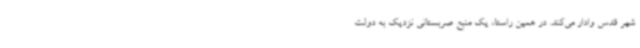
شهر قدس وادار می‌کند. در همین راستا، یک منبع صربستانی نزدیک به دولت